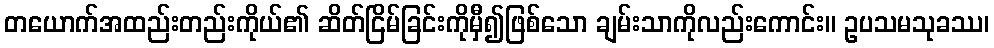
တယောက်အထည်းတည်းကိုယ်၏ ဆိတ်ငြိမ်ခြင်းကိုမှီ၍ဖြစ်သော ချမ်းသာကိုလည်းကောင်း။ ဥပသမသုခဿ၊